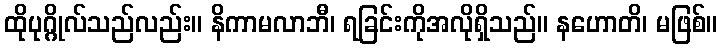
ထိုပုဂ္ဂိုလ်သည်လည်း။ နိကာမလာဘီ၊ ရခြင်းကိုအလိုရှိသည်။ နဟောတိ၊ မဖြစ်။